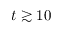
t \gtrsim 1 0